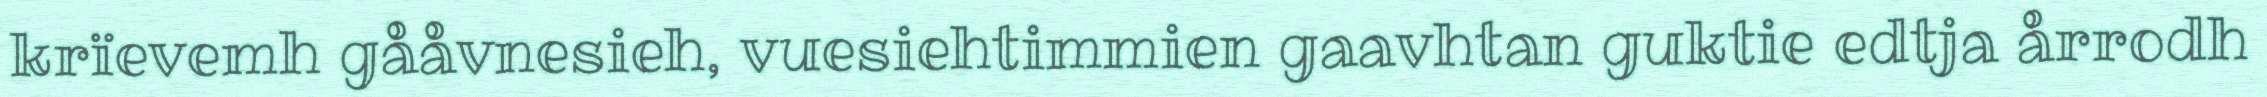
krïevemh gååvnesieh, vuesiehtimmien gaavhtan guktie edtja årrodh